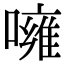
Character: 噰